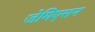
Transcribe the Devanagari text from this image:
जेमिएसन